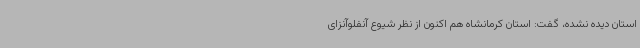
استان دیده نشده، گفت: استان کرمانشاه هم اکنون از نظر شیوع آنفلوآنزای